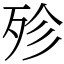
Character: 殄